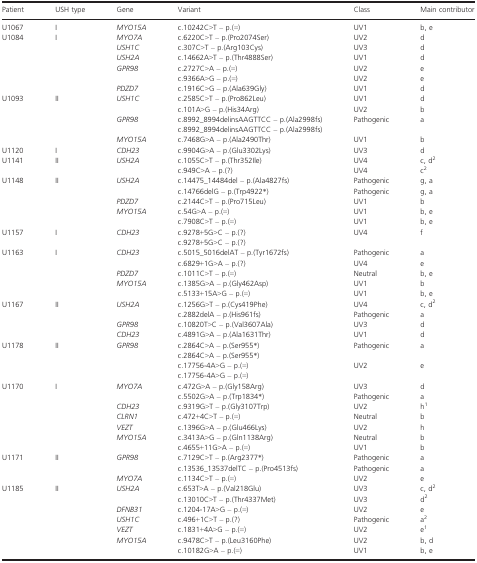
<table><thead><tr><td><b>Patient</b></td><td><b>USH type</b></td><td><b>Gene</b></td><td><b>Variant</b></td><td><b>Class</b></td><td><b>Main contributor</b></td></tr></thead><tbody><tr><td>U1067</td><td>I</td><td><i>MYO15A</i></td><td>c.10242C&gt;T – p.(=)</td><td>UV1</td><td>b, e</td></tr><tr><td rowspan="6">U1084</td><td rowspan="6">I</td><td><i>MYO7A</i></td><td>c.6220C&gt;T – p.(Pro2074Ser)</td><td>UV2</td><td>d</td></tr><tr><td><i>USH1C</i></td><td>c.307C&gt;T – p.(Arg103Cys)</td><td>UV3</td><td>d</td></tr><tr><td><i>USH2A</i></td><td>c.14662A&gt;T – p.(Thr4888Ser)</td><td>UV1</td><td>d</td></tr><tr><td rowspan="2"><i>GPR98</i></td><td>c.2727C&gt;A – p.(=)</td><td>UV2</td><td>e</td></tr><tr><td>c.9366A&gt;G – p.(=)</td><td>UV2</td><td>e</td></tr><tr><td><i>PDZD7</i></td><td>c.1916C&gt;G – p.(Ala639Gly)</td><td>UV1</td><td>d</td></tr><tr><td rowspan="5">U1093</td><td rowspan="5">II</td><td rowspan="2"><i>USH1C</i></td><td>c.2585C&gt;T – p.(Pro862Leu)</td><td>UV1</td><td>d</td></tr><tr><td>c.101A&gt;G – p.(His34Arg)</td><td>UV2</td><td>b</td></tr><tr><td rowspan="2"><i>GPR98</i></td><td>c.8992_8994delinsAAGTTCC – p.(Ala2998fs)</td><td rowspan="2">Pathogenic</td><td rowspan="2">a</td></tr><tr><td>c.8992_8994delinsAAGTTCC – p.(Ala2998fs)</td></tr><tr><td><i>MYO15A</i></td><td>c.7468G&gt;A – p.(Ala2490Thr)</td><td>UV1</td><td>b</td></tr><tr><td>U1120</td><td>I</td><td><i>CDH23</i></td><td>c.9904G&gt;A – p.(Glu3302Lys)</td><td>UV3</td><td>d</td></tr><tr><td rowspan="2">U1141</td><td rowspan="2">II</td><td rowspan="2"><i>USH2A</i></td><td>c.1055C&gt;T – p.(Thr352Ile)</td><td>UV4</td><td>c, d2</td></tr><tr><td>c.949C&gt;A – p.(?)</td><td>UV4</td><td>c2</td></tr><tr><td rowspan="5">U1148</td><td rowspan="5">II</td><td rowspan="2"><i>USH2A</i></td><td>c.14475_14484del – p.(Ala4827fs)</td><td>Pathogenic</td><td>g, a</td></tr><tr><td>c.14766delG – p.(Trp4922<sup>*</sup>)</td><td>Pathogenic</td><td>g, a</td></tr><tr><td><i>PDZD7</i></td><td>c.2144C&gt;T – p.(Pro715Leu)</td><td>UV1</td><td>b</td></tr><tr><td rowspan="2"><i>MYO15A</i></td><td>c.54G&gt;A – p.(=)</td><td>UV1</td><td>b, e</td></tr><tr><td>c.7908C&gt;T – p.(=)</td><td>UV1</td><td>b, e</td></tr><tr><td rowspan="2">U1157</td><td rowspan="2">I</td><td rowspan="2"><i>CDH23</i></td><td>c.9278+5G&gt;C – p.(?)</td><td rowspan="2">UV4</td><td rowspan="2">f</td></tr><tr><td>c.9278+5G&gt;C – p.(?)</td></tr><tr><td rowspan="5">U1163</td><td rowspan="5">I</td><td rowspan="2"><i>CDH23</i></td><td>c.5015_5016delAT – p.(Tyr1672fs)</td><td>Pathogenic</td><td>a</td></tr><tr><td>c.6829+1G&gt;A – p.(?)</td><td>UV4</td><td>e</td></tr><tr><td><i>PDZD7</i></td><td>c.1011C&gt;T – p.(=)</td><td>Neutral</td><td>b, e</td></tr><tr><td rowspan="2"><i>MYO15A</i></td><td>c.1385G&gt;A – p.(Gly462Asp)</td><td>UV1</td><td>b</td></tr><tr><td>c.5133+15A&gt;G – p.(=)</td><td>UV1</td><td>b, e</td></tr><tr><td rowspan="4">U1167</td><td rowspan="4">II</td><td rowspan="2"><i>USH2A</i></td><td>c.1256G&gt;T – p.(Cys419Phe)</td><td>UV4</td><td>c, d2</td></tr><tr><td>c.2882delA – p.(His961fs)</td><td>Pathogenic</td><td>a</td></tr><tr><td><i>GPR98</i></td><td>c.10820T&gt;C – p.(Val3607Ala)</td><td>UV3</td><td>d</td></tr><tr><td><i>CDH23</i></td><td>c.4891G&gt;A – p.(Ala1631Thr)</td><td>UV1</td><td>d</td></tr><tr><td rowspan="4">U1178</td><td rowspan="4">II</td><td rowspan="4"><i>GPR98</i></td><td>c.2864C&gt;A – p.(Ser955<sup>*</sup>)</td><td rowspan="2">Pathogenic</td><td rowspan="2">a</td></tr><tr><td>c.2864C&gt;A – p.(Ser955<sup>*</sup>)</td></tr><tr><td>c.17756-4A&gt;G – p.(=)</td><td rowspan="2">UV2</td><td rowspan="2">e</td></tr><tr><td>c.17756-4A&gt;G – p.(=)</td></tr><tr><td rowspan="7">U1170</td><td rowspan="7">I</td><td rowspan="2"><i>MYO7A</i></td><td>c.472G&gt;A – p.(Gly158Arg)</td><td>UV3</td><td>d</td></tr><tr><td>c.5502G&gt;A – p.(Trp1834<sup>*</sup>)</td><td>Pathogenic</td><td>a</td></tr><tr><td><i>CDH23</i></td><td>c.9319G&gt;T – p.(Gly3107Trp)</td><td>UV2</td><td>h1</td></tr><tr><td><i>CLRN1</i></td><td>c.472+4C&gt;T – p.(=)</td><td>Neutral</td><td>b</td></tr><tr><td><i>VEZT</i></td><td>c.1396G&gt;A – p.(Glu466Lys)</td><td>UV2</td><td>h</td></tr><tr><td rowspan="2"><i>MYO15A</i></td><td>c.3413A&gt;G – p.(Gln1138Arg)</td><td>Neutral</td><td>b</td></tr><tr><td>c.4655+11G&gt;A – p.(=)</td><td>UV1</td><td>b</td></tr><tr><td rowspan="3">U1171</td><td rowspan="3">II</td><td rowspan="2"><i>GPR98</i></td><td>c.7129C&gt;T – p.(Arg2377<sup>*</sup>)</td><td>Pathogenic</td><td>a</td></tr><tr><td>c.13536_13537delTC – p.(Pro4513fs)</td><td>Pathogenic</td><td>a</td></tr><tr><td><i>MYO7A</i></td><td>c.1134C&gt;T – p.(=)</td><td>UV2</td><td>e</td></tr><tr><td rowspan="7">U1185</td><td rowspan="7">II</td><td rowspan="2"><i>USH2A</i></td><td>c.653T&gt;A – p.(Val218Glu)</td><td>UV3</td><td>c, d2</td></tr><tr><td>c.13010C&gt;T – p.(Thr4337Met)</td><td>UV3</td><td>d2</td></tr><tr><td><i>DFNB31</i></td><td>c.1204-17A&gt;G – p.(=)</td><td>UV2</td><td>e</td></tr><tr><td><i>USH1C</i></td><td>c.496+1C&gt;T – p.(?)</td><td>Pathogenic</td><td>a2</td></tr><tr><td><i>VEZT</i></td><td>c.1831+4A&gt;G – p.(=)</td><td>UV2</td><td>e1</td></tr><tr><td rowspan="2"><i>MYO15A</i></td><td>c.9478C&gt;T – p.(Leu3160Phe)</td><td>UV2</td><td>b, d</td></tr><tr><td>c.10182G&gt;A – p.(=)</td><td>UV1</td><td>b, e</td></tr></tbody></table>